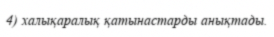
4) халықаралық қатынастарды анықтады.